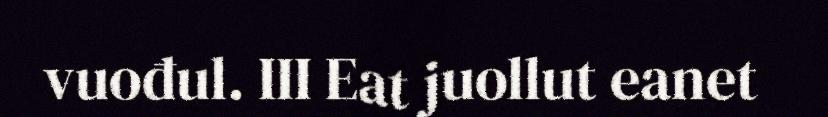
vuođul. III Eat juollut eanet